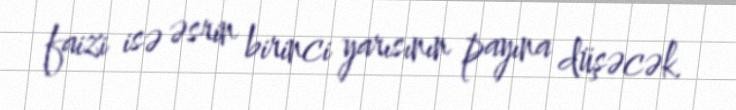
faizi isə əsrin birinci yarısının payına düşəcək.